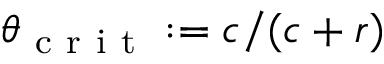
\theta _ { \mathrm { ~ c ~ r ~ i ~ t ~ } } : = c / ( c + r )